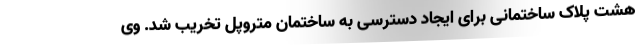
هشت پلاک ساختمانی برای ایجاد دسترسی به ساختمان متروپل تخریب شد. وی